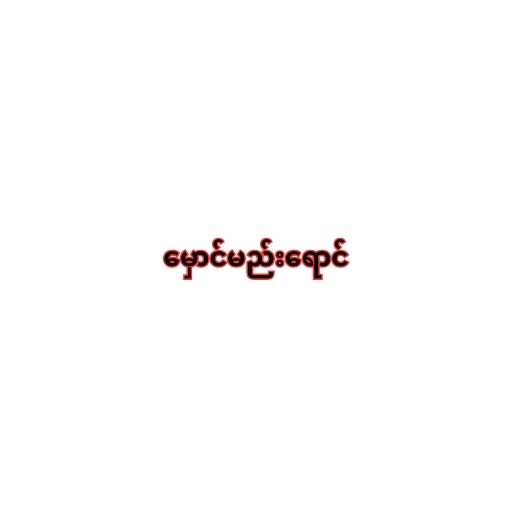
မှောင်မည်းရောင်